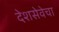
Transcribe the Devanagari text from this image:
देशसेवेचा